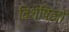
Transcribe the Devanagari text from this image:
विशेषिज्ञों